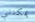
يمكنني